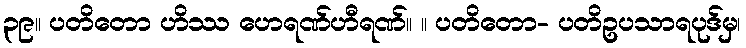
၃၉။ ပတိတော ဟိဿ ဟေရဏ်ဟီရဏ်။ ။ ပတိတော- ပတိဥပသာရပုဒ်မှ၊